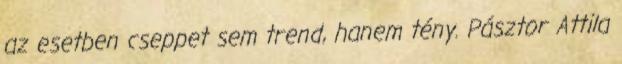
az esetben cseppet sem trend, hanem tény. Pásztor Attila